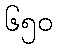
၆၅၀